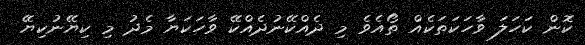
ކޮން ކަހަލަ ވާހަކަތަކެއް ތޯއެވެ މި ދެއްކޭނުދެއްކޭ ވާހަކަޔާ މެދު މި ކިޔޭނުކިޔޭ